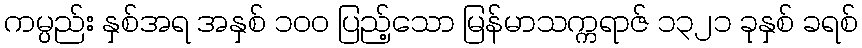
ကမ္ပည်း နှစ်အရ အနှစ် ၁၀၀ ပြည့်သော မြန်မာသက္ကရာဇ် ၁၃၂၁ ခုနှစ် ခရစ်